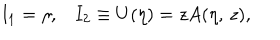
I _ { 1 } = \eta , I _ { 2 } \equiv U ( \eta ) = z A ( \eta , \, z ) ,